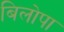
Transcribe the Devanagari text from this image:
बिलोपा